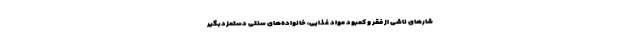
شارهای ناشی از فقر و کمبود مواد غذایی، خانواده‌های سنتی دستمزدبگیر